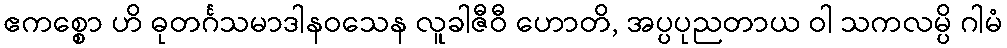
ဧကစ္စော ဟိ ဓုတင်္ဂသမာဒါနဝသေန လူခါဇီဝီ ဟောတိ, အပ္ပပုညတာယ ဝါ သကလမ္ပိ ဂါမံ